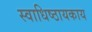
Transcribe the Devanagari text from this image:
स्वाधिष्ठायकाय